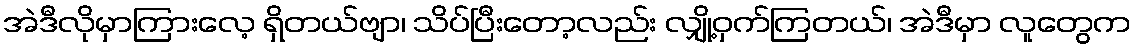
အဲဒီလိုမှာကြားလေ့ ရှိတယ်ဗျာ၊ သိပ်ပြီးတော့လည်း လျှို့ဝှက်ကြတယ်၊ အဲဒီမှာ လူတွေက